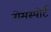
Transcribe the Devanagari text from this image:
गेमस्पोर्ट